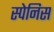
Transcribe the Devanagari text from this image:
स्पेनिस